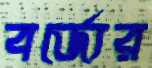
বর্জ্যের